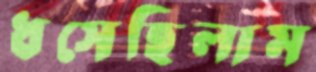
ধসেছিলাম